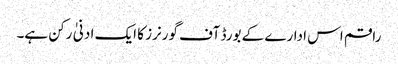
راقم اس ادارے کے بورڈ آف گورنرز کا ایک ادنیٰ رکن ہے۔